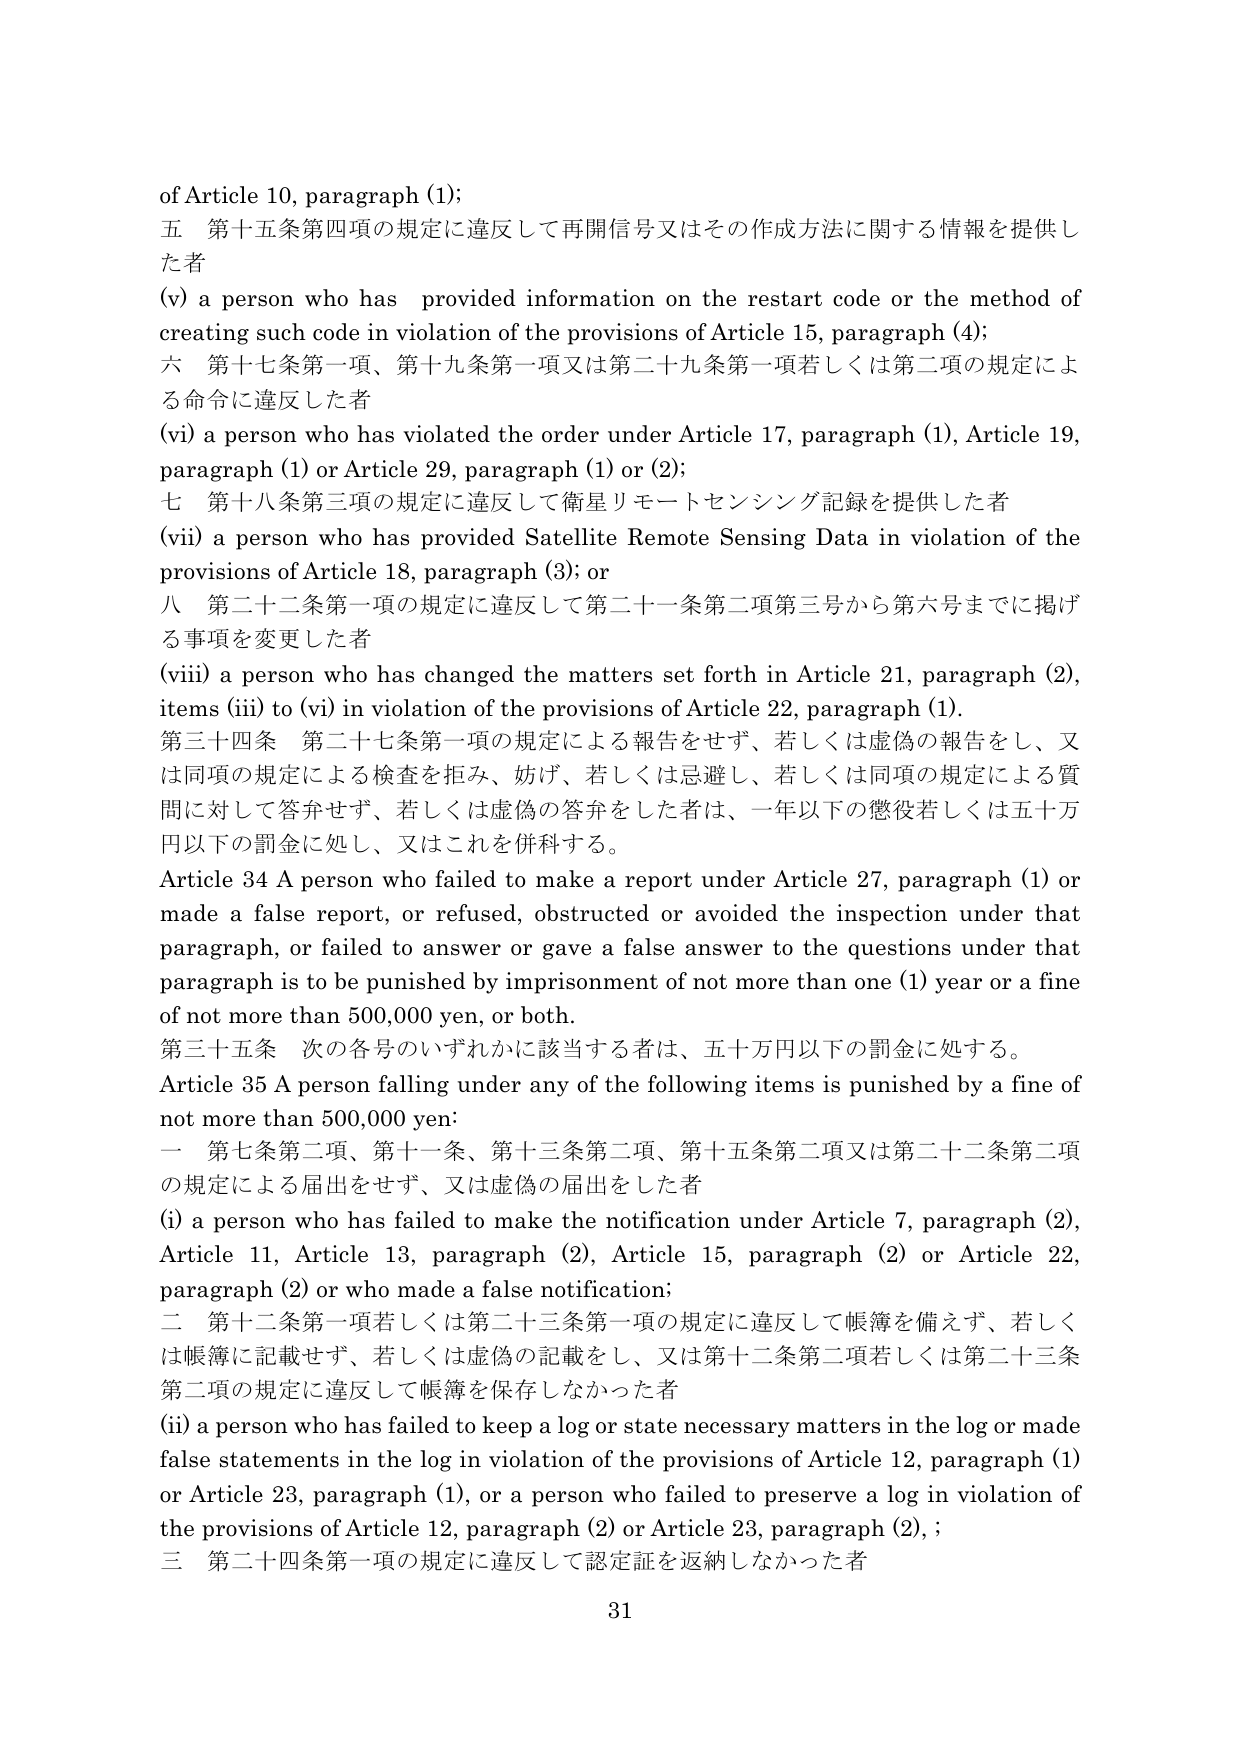
of Article 10, paragraph (1);
五 第十五条第四項の規定に違反して再開信号又はその作成方法に関する情報を提供した者
(v) a person who has provided information on the restart code or the method of creating such code in violation of the provisions of Article 15, paragraph (4);
六 第十七条第一項、第十九条第一項又は第二十九条第一項若しくは第二項の規定による命令に違反した者
(vi) a person who has violated the order under Article 17, paragraph (1), Article 19, paragraph (1) or Article 29, paragraph (1) or (2);
七 第十八条第三項の規定に違反して衛星リモートセンシング記録を提供した者
(vii) a person who has provided Satellite Remote Sensing Data in violation of the provisions of Article 18, paragraph (3); or
八 第二十二条第一項の規定に違反して第二十一条第二項第三号から第六号までに掲げる事項を変更した者
(viii) a person who has changed the matters set forth in Article 21, paragraph (2), items (iii) to (vi) in violation of the provisions of Article 22, paragraph (1).
第三十四条 第二十七条第一項の規定による報告をせず、若しくは虚偽の報告をし、又は同項の規定による検査を拒み、妨げ、若しくは忌避し、若しくは同項の規定による質問に対して答弁せず、若しくは虚偽の答弁をした者は、一年以下の懲役若しくは五十万円以下の罰金に処し、又はこれを併科する。
Article 34 A person who failed to make a report under Article 27, paragraph (1) or made a false report, or refused, obstructed or avoided the inspection under that paragraph, or failed to answer or gave a false answer to the questions under that paragraph is to be punished by imprisonment of not more than one (1) year or a fine of not more than 500,000 yen, or both.
第三十五条 次の各号のいずれかに該当する者は、五十万円以下の罰金に処する。
Article 35 A person falling under any of the following items is punished by a fine of not more than 500,000 yen:
一 第七条第二項、第十一条、第十三条第二項、第十五条第二項又は第二十二条第二項の規定による届出をせず、又は虚偽の届出をした者
(i) a person who has failed to make the notification under Article 7, paragraph (2), Article 11, Article 13, paragraph (2), Article 15, paragraph (2) or Article 22, paragraph (2) or who made a false notification;
二 第十二条第一項若しくは第二十三条第一項の規定に違反して帳簿を備えず、若しくは帳簿に記載せず、若しくは虚偽の記載をし、又は第十二条第二項若しくは第二十三条第二項の規定に違反して帳簿を保存しなかった者
(ii) a person who has failed to keep a log or state necessary matters in the log or made false statements in the log in violation of the provisions of Article 12, paragraph (1) or Article 23, paragraph (1), or a person who failed to preserve a log in violation of the provisions of Article 12, paragraph (2) or Article 23, paragraph (2), ;
三 第二十四条第一項の規定に違反して認定証を返納しなかった者
31